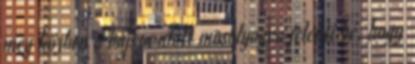
meg közben a bajsza alatt mosolyogva jelenti be, hogy